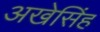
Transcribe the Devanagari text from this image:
अखेसिंह